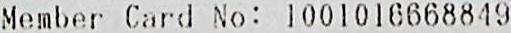
MEMBER CARD NO: 1001016668849